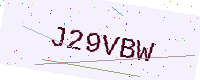
Text: J29VBW